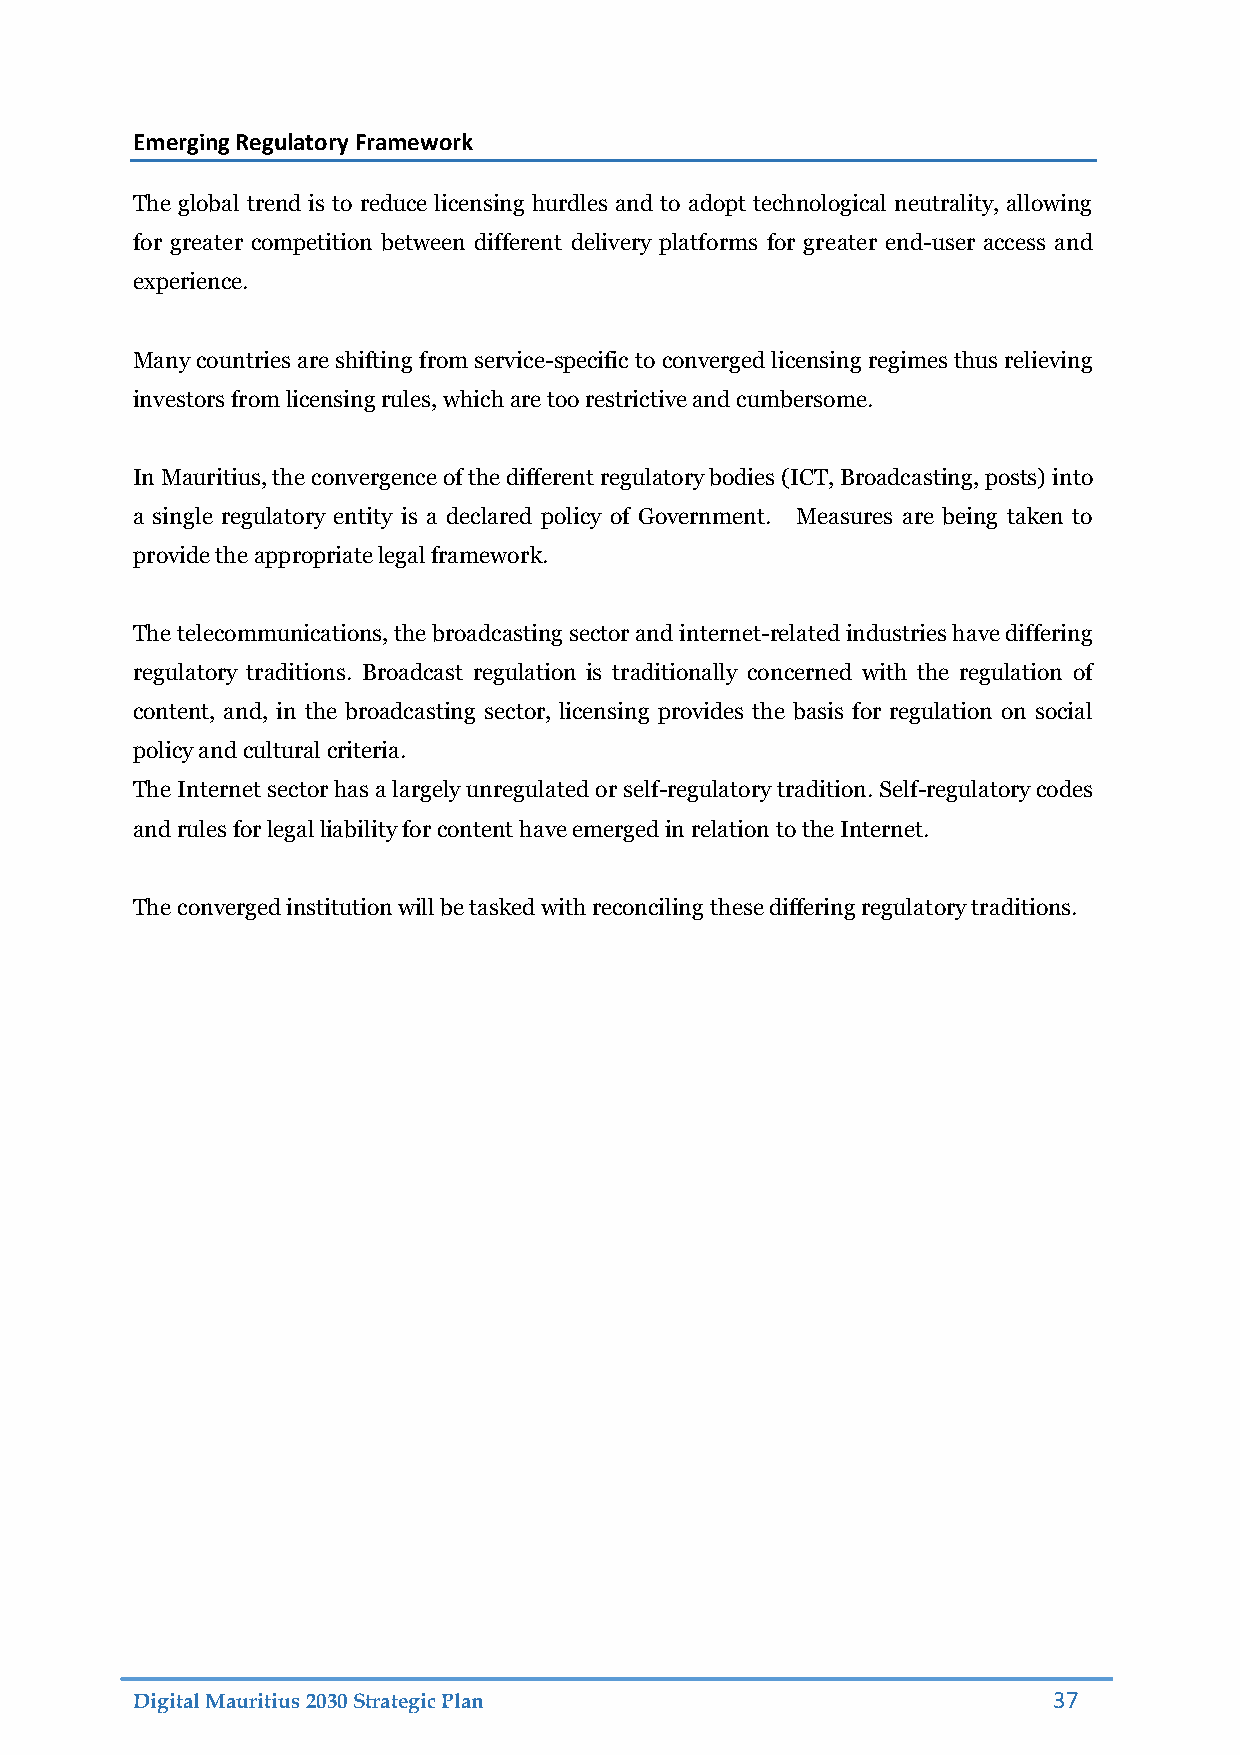
Emerging Regulatory Framework
 The global trend is to reduce licensing hurdles and to adopt technological neutrality, allowing
 for greater competition between different delivery platforms for greater end-user access and
 experience.
 Many countries are shifting from service-specific to converged licensing regimes thus relieving
 investors from licensing rules, which are too restrictive and cumbersome.
 In Mauritius, the convergence of the different regulatory bodies (ICT, Broadcasting, posts) into
 a single regulatory entity is a declared policy of Government. Measures are being taken to
 provide the appropriate legal framework.
 The telecommunications, the broadcasting sector and internet-related industries have differing
 regulatory traditions. Broadcast regulation is traditionally concerned with the regulation of
 content, and, in the broadcasting sector, licensing provides the basis for regulation on social
 policy and cultural criteria.
 The Internet sector has a largely unregulated or self-regulatory tradition. Self-regulatory codes
 and rules for legal liability for content have emerged in relation to the Internet.
 The converged institution will be tasked with reconciling these differing regulatory traditions.
 Digital Mauritius 2030 Strategic Plan                        37